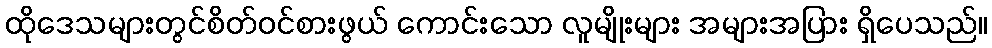
ထိုဒေသများတွင်စိတ်ဝင်စားဖွယ် ကောင်းသော လူမျိုးများ အများအပြား ရှိပေသည်။